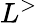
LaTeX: L^{>}